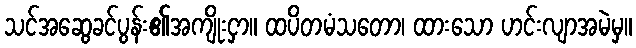
သင်အဆွေခင်ပွန်း၏အကျိုးငှာ။ ထပိတမံသတော၊ ထားသော ဟင်းလျာအမဲမှ။